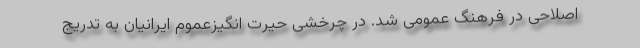
اصلاحی در فرهنگ عمومی شد. در چرخشی حیرت انگیزعموم ایرانیان به تدریج